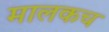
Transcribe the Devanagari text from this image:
मालकच